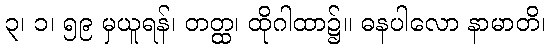
၃၊ ၁၊ ၅၉ မှယူရန်၊ တတ္ထ၊ ထိုဂါထာ၌။ ဓနပါလော နာမာတိ၊